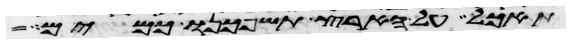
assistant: תאכל על הארץ תשפכנו כמים